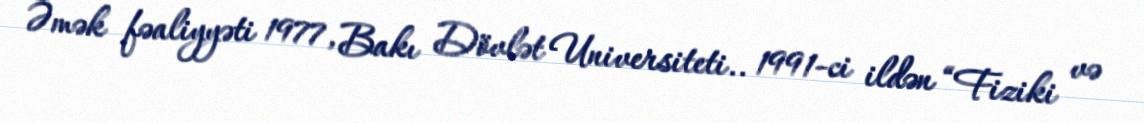
Əmək fəaliyyəti 1977, Bakı Dövlət Universiteti.. 1991-ci ildən “Fiziki və